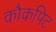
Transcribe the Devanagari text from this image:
कौकपिट